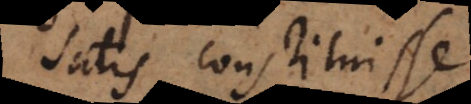
atis constituisse